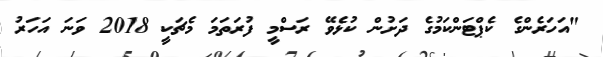
"އަހަރެންގެ ކެޕްޓަންކަމުގެ ދަށުން ކުޅެވޭ ރަސްމީ ފުރަތަމަ މެޗަކީ 2018 ވަނަ އަހަރު